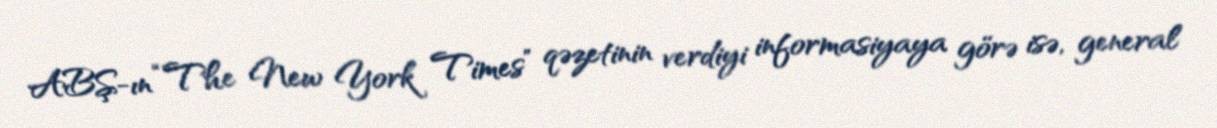
ABŞ-ın “The New York Times” qəzetinin verdiyi informasiyaya görə isə, general